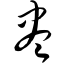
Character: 尽